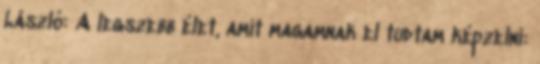
László: A legszebb élet, amit magamnak el tudtam képzelni: